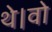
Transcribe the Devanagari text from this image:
थे।वो